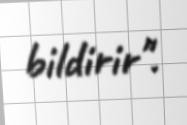
bildirir".